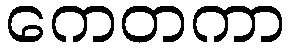
ကေတကာ